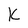
Character: K